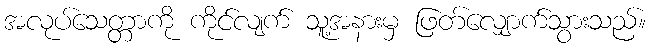
အလုပ်သေတ္တာကို ကိုင်လျက် သူ့အနားမှ ဖြတ်လျှောက်သွားသည်။